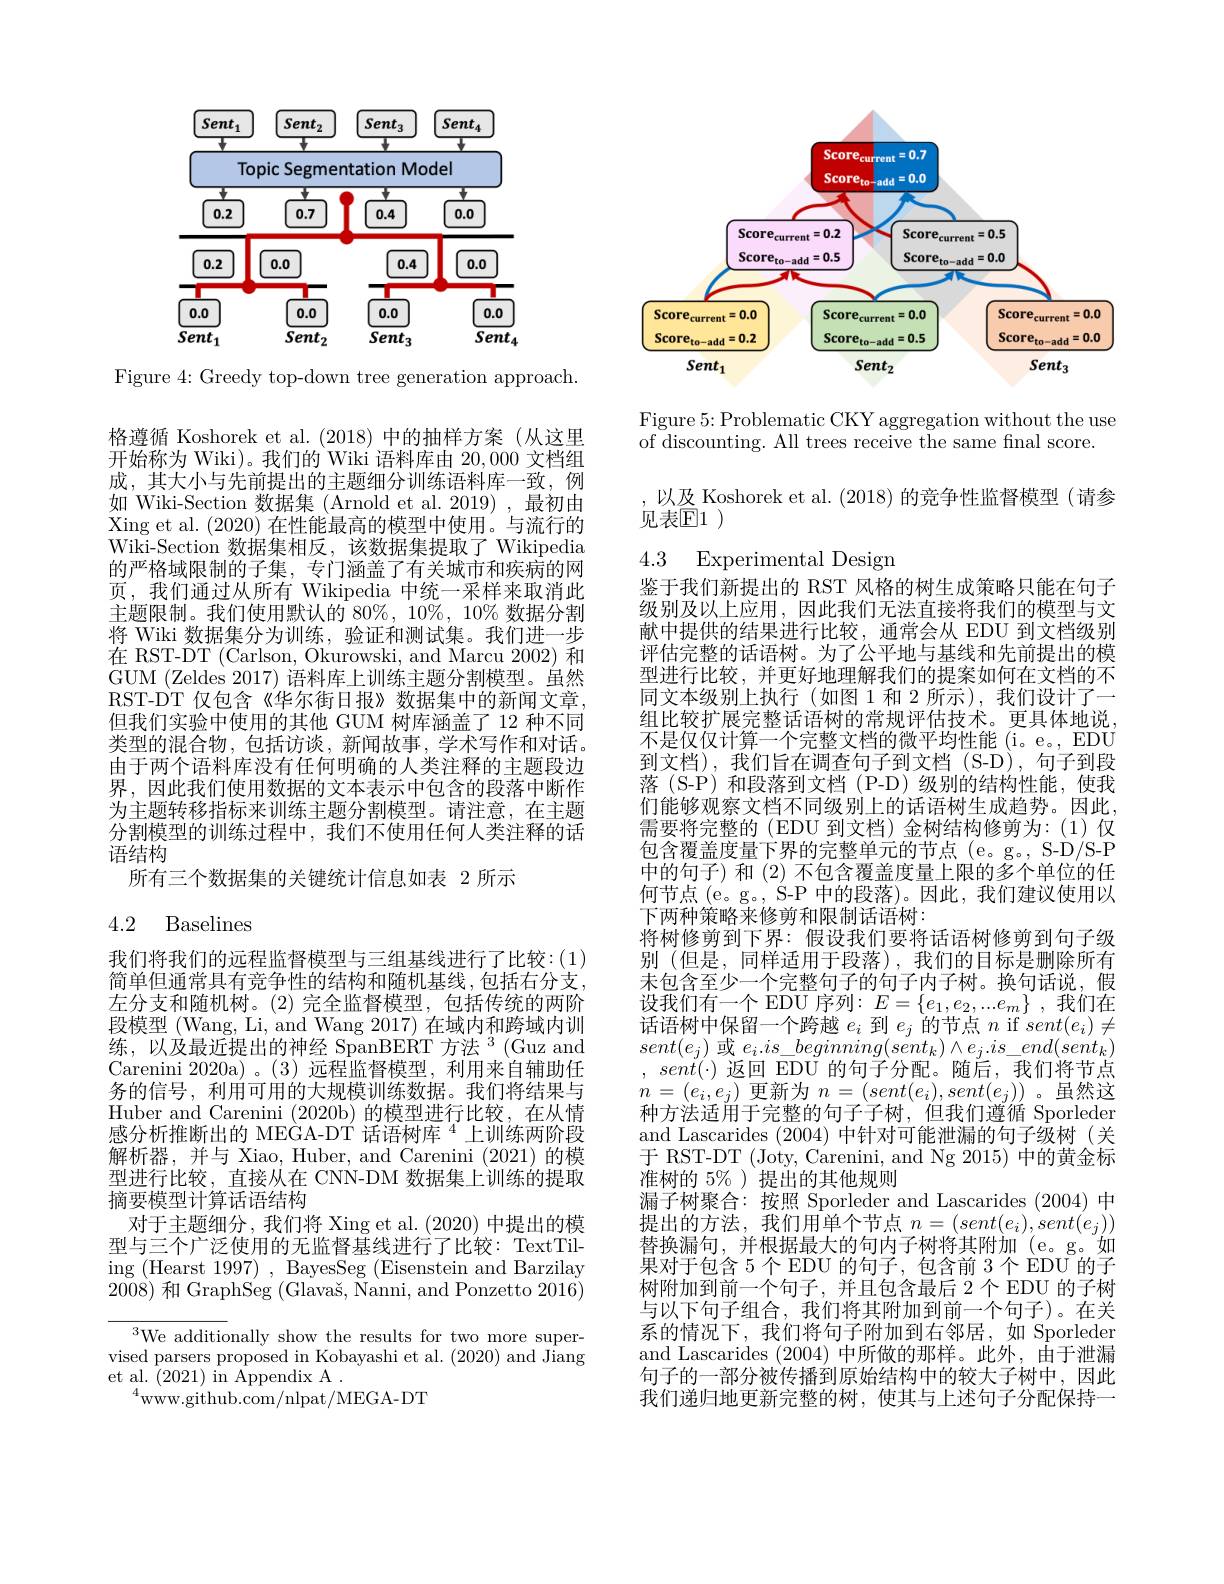
<FigureHere>

Figure 4: Greedy top-down tree generation approach.

格遵循 Koshorek et al.(2018)中的抽样方案(从这里开始称为 Wiki)。我们的 Wiki 语料库由 20,000 文档组成，其大小与先前提出的主题细分训练语料库一致，例如 Wiki-Section 数据集 (Arnold et al.2019),最初由Xing et al. (2020)在性能最高的模型中使用。与流行的Wiki-Section 数据集相反，该数据集提取了 Wikipedia 的严格域限制的子集，专门涵盖了有关城市和疾病的网页，我们通过从所有 Wikipedia 中统一采样来取消此主题限制。我们使用默认的 80%, 10%, 10% 数据分割将 Wiki 数据集分为训练，验证和测试集。我们进一步在 RST-DT (Carlson, Okurowski, and Marcu 2002) 和GUM (Zeldes 2017) 语料库上训练主题分割模型。虽然RST-DT 仅包含《华尔街日报》数据集中的新闻文章， 但我们实验中使用的其他 GUM 树库涵盖了 12 种不同类型的混合物，包括访谈，新闻故事，学术写作和对话。由于两个语料库没有任何明确的人类注释的主题段边界，因此我们使用数据的文本表示中包含的段落中断作为主题转移指标来训练主题分割模型。请注意，在主题分割模型的训练过程中，我们不使用任何人类注释的话语结构
所有三个数据集的关键统计信息如表 2 所示

## 4.2 Baselines

我们将我们的远程监督模型与三组基线进行了比较：(1) 简单但通常具有竞争性的结构和随机基线，包括右分支， 左分支和随机树。(2)完全监督模型，包括传统的两阶段模型 (Wang, Li, and Wang 2017) 在域内和跨域内训练，以及最近提出的神经 SpanBERT 方法 3 (Guz and Carenini 2020a)。(3)远程监督模型，利用来自辅助任务的信号，利用可用的大规模训练数据。我们将结果与Huber and Carenini (2020b)的模型进行比较，在从情感分析推断出的 MEGA-DT 话语树库 $^{4}$上训练两阶段解析器，并与 Xiao, Huber, and Carenini (2021)的模型进行比较，直接从在 CNN-DM 数据集上训练的提取摘要模型计算话语结构
对于主题细分，我们将 Xing et al.(2020) 中提出的模型与三个广泛使用的无监督基线进行了比较：TextTiling (Hearst 1997) , BayesSeg (Eisenstein and Barzilay $\bar{2008})$和 GraphSeg $( \text{Glava\v {s}, \= {N}anni, andPonzetto}2016)$
$^3$We additionally show the results for two more supervised parsers proposed in Kobayashi et al. (2020) and Jiang

et al. (2021) in Appendix A .
$^{4}$www.github.com/nlpat/MEGA-DT

<FigureHere>

Figure 5: Problematic CKY aggregation without the use
of discounting. All trees receive the same final score.

以及 Koshorek et al. (2018)的竞争性监督模型 (请参
见表[E1)

## 4.3 Experimental Design

鉴于我们新提出的 RST 风格的树生成策略只能在句子级别及以上应用，因此我们无法直接将我们的模型与文献中提供的结果进行比较，通常会从 EDU 到文档级别评估完整的话语树。为了公平地与基线和先前提出的模型进行比较，并更好地理解我们的提案如何在文档的不同文本级别上执行(如图 1 和 2 所示), 我们设计了一组比较扩展完整话语树的常规评估技术。更具体地说不是仅仅计算一个完整文档的微平均性能 (i。e。, EDU 到文档),我们旨在调查句子到文档(S-D),句子到段落 (S-P) 和段落到文档 (P-D)级别的结构性能，使我们能够观察文档不同级别上的话语树生成趋势。因此需要将完整的 (EDU 到文档)金树结构修剪为：(1)仅包含覆盖度量下界的完整单元的节点(e。g。,S-D/S-P 中的句子) 和 (2) 不包含覆盖度量上限的多个单位的任何节点(e。g。, S-P 中的段落)。因此，我们建议使用以下两种策略来修剪和限制话语树：
将树修剪到下界：假设我们要将话语树修剪到句子级别 (但是，同样适用于段落),我们的目标是删除所有未包含至少一个完整句子的句子内子树。换句话说，假设我们有一个 EDU 序列$:E=\{e_1,e_2,...e_m\}$,我们在话语树中保留一个跨越$e_i$到$e_j$的节点$n$ if $sent(e_i)\neq$ $sent(e_{j})$或$e_i.is\_beginning(sent_{k})\land e_{j}.is\_end(sent_{k})$ $sent(\cdot)$返回 EDU 的句子分配。随后，我们将节点$n=(e_{i},e_{j})$更新为$n=(sent(e_{i}),sent(e_{j}))$ 。虽然这种方法适用于完整的句子子树，但我们遵循 Sporleder and Lascarides (2004)中针对可能泄漏的句子级树(关于 RST-DT (Joty, Carenini, and Ng 2015) 中的黄金标准树的 5%)提出的其他规则
漏子树聚合：按照 Sporleder and Lascarides (2004)中提出的方法，我们用单个节点$n=(sent(e_i),sent(e_j))$ 替换漏句，并根据最大的句内子树将其附加(e。g。如果对于包含 5个EDU 的句子，包含前 3个EDU 的子树附加到前一个句子，并且包含最后 2个 EDU 的子树与以下句子组合，我们将其附加到前一个句子)。在关系的情况下，我们将句子附加到右邻居，如 Sporleder and Lascarides (2004)中所做的那样。此外，由于泄漏句子的一部分被传播到原始结构中的较大子树中，因此我们递归地更新完整的树，使其与上述句子分配保持一